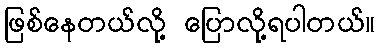
ဖြစ်နေတယ်လို့ ပြောလို့ရပါတယ်။